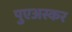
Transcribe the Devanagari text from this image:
पुएअस्कर